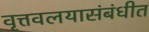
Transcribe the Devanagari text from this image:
वृत्तवलयासंबंधीत